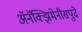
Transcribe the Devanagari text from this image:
अॅनॅक्झिमेनीसपुढे